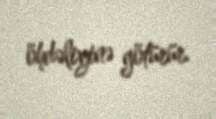
öhdəliyinə götürür.